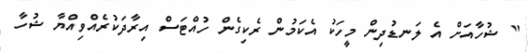
" ޝުހާއަށް އެ ލަނޑުދިން މީހަކު އެކަމުން ރެކިގެން ހުއްޓަސް އިރާދަކުރެއްވިއްޔާ ޝުހާ